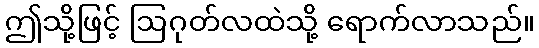
ဤသို့ဖြင့် ဩဂုတ်လထဲသို့ ရောက်လာသည်။